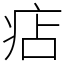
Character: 痁